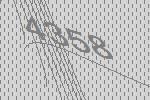
4358